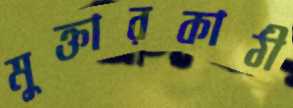
মুক্তারকাঠী